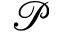
\mathcal { P }